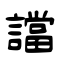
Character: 譡